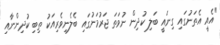
"އެއީ އެތަނުގައި ގިނައީ ބަލި ކުދިން ނުވަތަ ޖަރުމަނުގައި ބެލެނިވެރިއަކު ތިބި ކުދިންނާއި